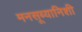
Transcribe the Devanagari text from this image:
मनसूब्यानिशी